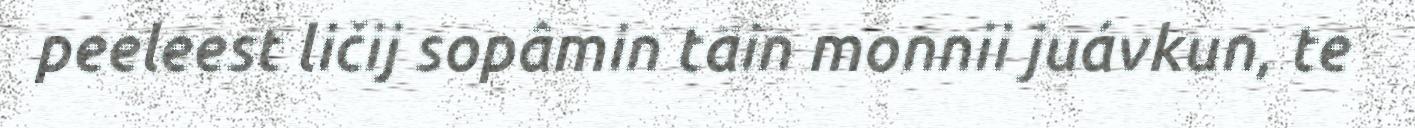
peeleest ličij sopâmin täin monnii juávkun, te